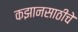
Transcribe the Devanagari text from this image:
कझानसाठीचे